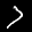
Label: 7